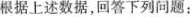
根据上述数据，回答下列问题：